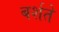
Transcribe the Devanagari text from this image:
बर्शते